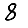
Digit: 8